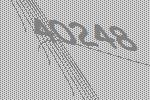
40248